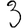
Digit: 3